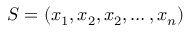
{ \cal S } = ( x _ { 1 } , x _ { 2 } , x _ { 2 } , \dots , x _ { n } )